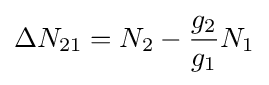
\Delta N_{21}=N_{2}-{g_{2} \over g_{1}}N_{1}